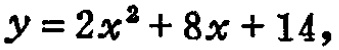
\(y = 2x^{2}+8x + 14\)